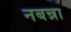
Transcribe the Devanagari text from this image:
नबन्ना